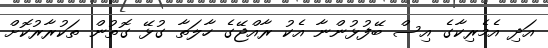
އަދި އެމެރިކާގެ އިސް ބޭފުޅުންނާ އެކު ރާއްޖޭގެ ހާލަތާ ގުޅޭ ގޮތުން ތަކުރާރުކޮށް